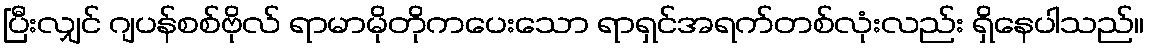
ပြီးလျှင် ဂျပန်စစ်ဗိုလ် ရာမာမိုတိုကပေးသော ရာရှင်အရက်တစ်လုံးလည်း ရှိနေပါသည်။